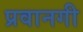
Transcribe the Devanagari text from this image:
प्रवानगी